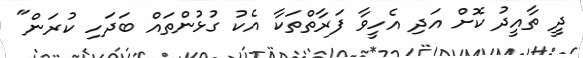
ދީ ތާއީދު ކޮށް އަދި އެހީވާ ފަރާތްތަކާ އެކު ގުޅުންތައް ބަދަހި ކުރަން"